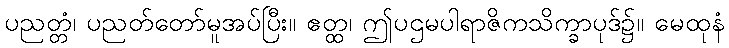
ပညတ္တံ၊ ပညတ်တော်မူအပ်ပြီး။ ဧတ္ထ၊ ဤပဌမပါရာဇိကသိက္ခာပုဒ်၌။ မေထုနံ